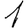
Digit: 1